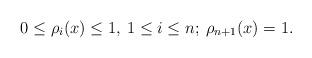
LaTeX: \begin{align*}0\leq \rho_i(x)\leq 1,\:1\leq i\leq n;\:\rho_{n+1}(x)=1.\end{align*}